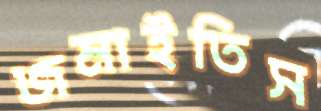
জমাইতিস